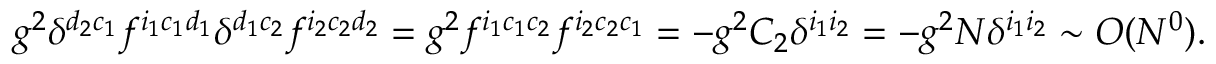
g ^ { 2 } \delta ^ { d _ { 2 } c _ { 1 } } f ^ { i _ { 1 } c _ { 1 } d _ { 1 } } \delta ^ { d _ { 1 } c _ { 2 } } f ^ { i _ { 2 } c _ { 2 } d _ { 2 } } = g ^ { 2 } f ^ { i _ { 1 } c _ { 1 } c _ { 2 } } f ^ { i _ { 2 } c _ { 2 } c _ { 1 } } = - g ^ { 2 } C _ { 2 } \delta ^ { i _ { 1 } i _ { 2 } } = - g ^ { 2 } N \delta ^ { i _ { 1 } i _ { 2 } } \sim O ( N ^ { 0 } ) .